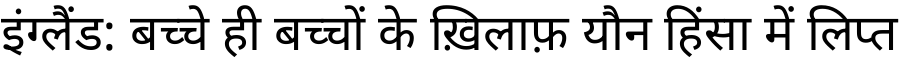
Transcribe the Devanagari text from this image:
इंग्लैंड: बच्चे ही बच्चों के ख़िलाफ़ यौन हिंसा में लिप्त